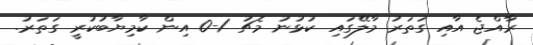
ރާއްޖެ އާއި ގަތަރު މާލޭގައި ކުޅުނު މެޗު 1-0 އިން ކާމިޔާބުކުރީ ގަތަރު.